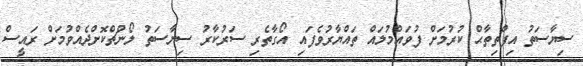
ސިޔާސަތު އިފްތިތާޙް ކުރުމަށް ފުވައްމުލައް ތައްޔާރުވެފައި އޯގާތެރި ސަރުކާރު ސިޔާސަތު ލޯންޗްކޮށްދެއްވުމަށް ރައީސް